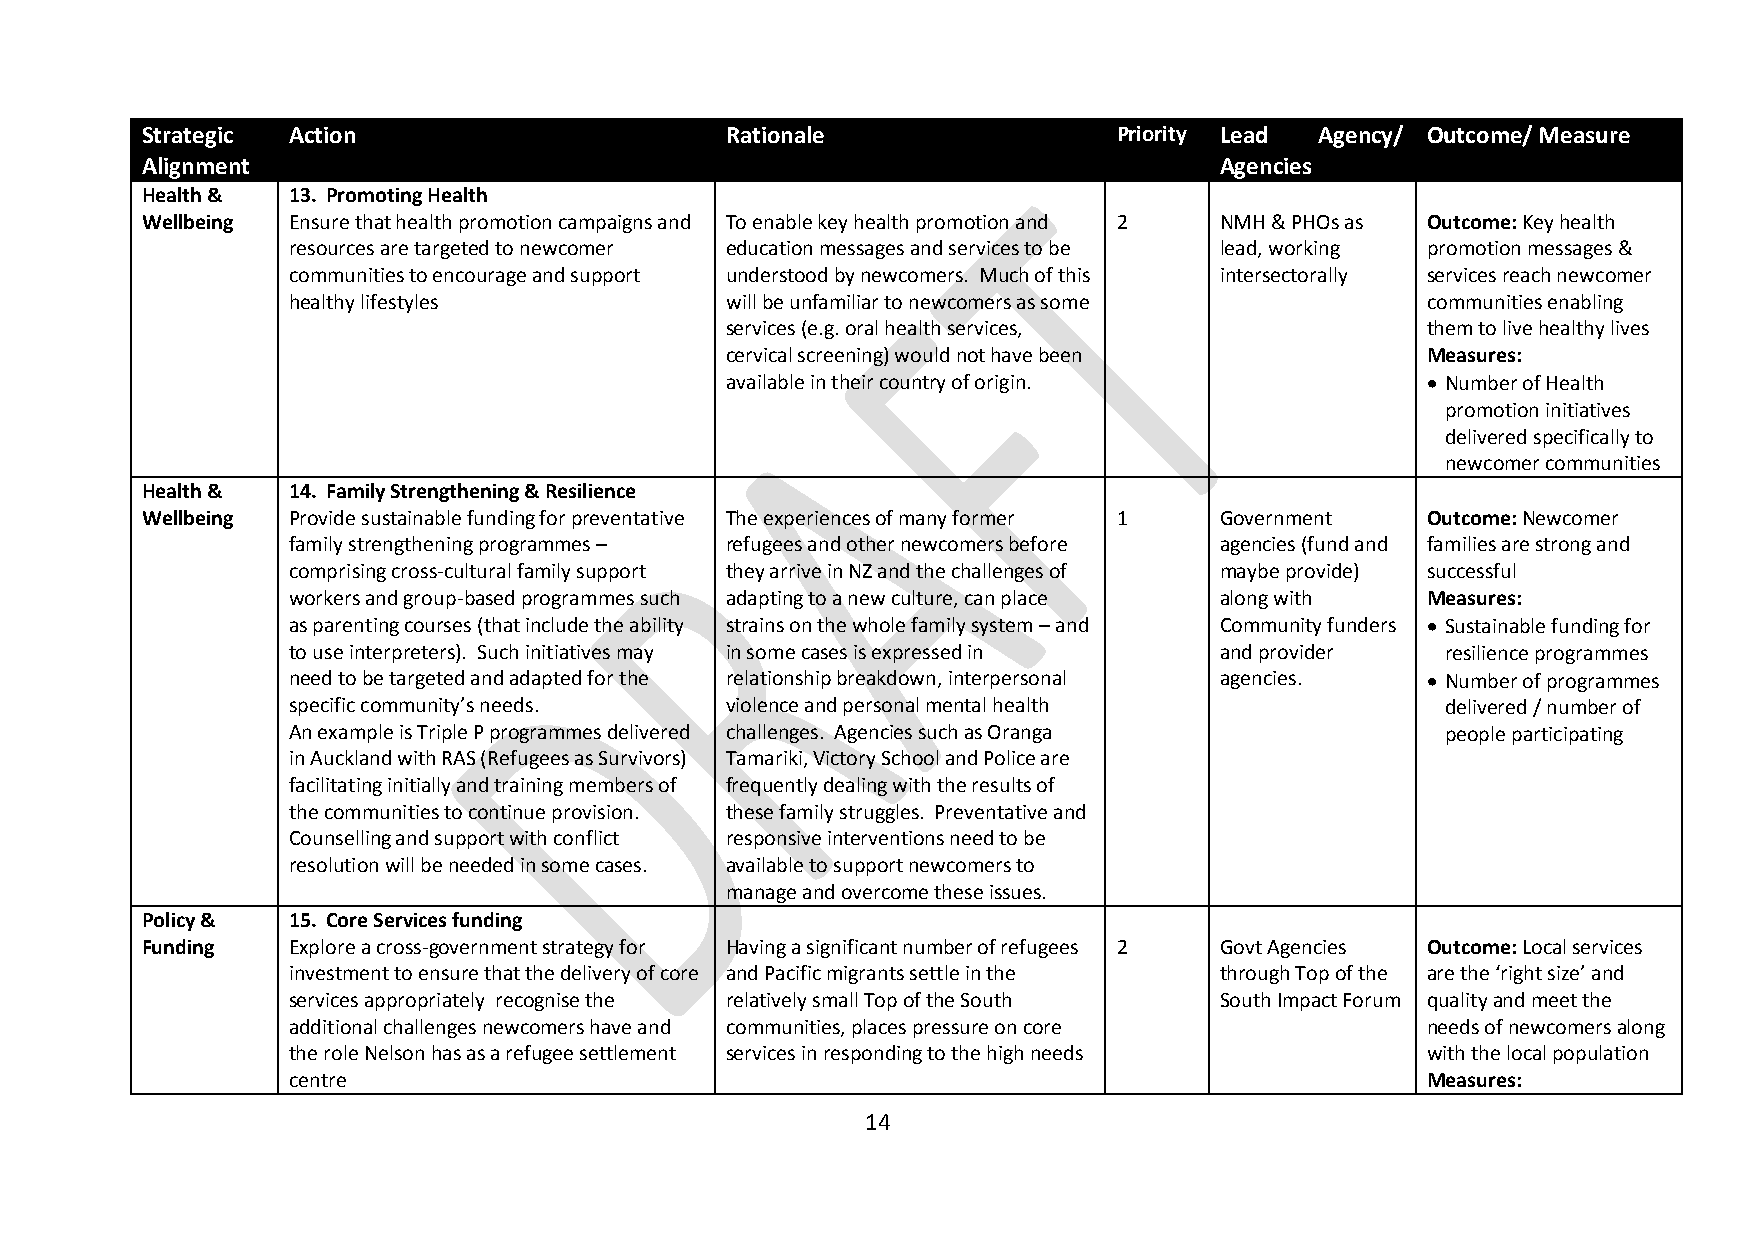
Strategic Action                       Rationale                 Priority Lead Agency/ Outcome/ Measure
 Alignment                                                               Agencies
 Health &  13. Promoting Health
 Wellbeing Ensure that health promotion campaigns and To enable key health promotion and 2 NMH & PHOs as Outcome: Key health
 resources are targeted to newcomer education messages and services to be lead, working promotion messages &
 communities to encourage and support understood by newcomers. Much of this intersectorally services reach newcomer
 healthy lifestyles           will be unfamiliar to newcomers as some       communities enabling
 services (e.g. oral health services,          them to live healthy lives
 cervical screening) would not have been       Measures:
 available in their country of origin.          Number of Health
 promotion initiatives
 delivered specifically to
 newcomer communities
 Health &  14. Family Strengthening & Resilience
 Wellbeing Provide sustainable funding for preventative The experiences of many former 1 Government Outcome: Newcomer
 family strengthening programmes – refugees and other newcomers before agencies (fund and families are strong and
 comprising cross-cultural family support they arrive in NZ and the challenges of maybe provide) successful
 workers and group-based programmes such adapting to a new culture, can place along with Measures:
 as parenting courses (that include the ability strains on the whole family system – and Community funders  Sustainable funding for
 to use interpreters). Such initiatives may in some cases is expressed in and provider resilience programmes
 need to be targeted and adapted for the relationship breakdown, interpersonal agencies.  Number of programmes
 specific community’s needs.  violence and personal mental health             delivered / number of
 An example is Triple P programmes delivered challenges. Agencies such as Oranga people participating
 in Auckland with RAS (Refugees as Survivors) Tamariki, Victory School and Police are
 facilitating initially and training members of frequently dealing with the results of
 the communities to continue provision. these family struggles. Preventative and
 Counselling and support with conflict responsive interventions need to be
 resolution will be needed in some cases. available to support newcomers to
 manage and overcome these issues.
 Policy &  15. Core Services funding
 Funding   Explore a cross-government strategy for Having a significant number of refugees 2 Govt Agencies Outcome: Local services
 investment to ensure that the delivery of core and Pacific migrants settle in the through Top of the are the ‘right size’ and
 services appropriately recognise the relatively small Top of the South South Impact Forum quality and meet the
 additional challenges newcomers have and communities, places pressure on core needs of newcomers along
 the role Nelson has as a refugee settlement services in responding to the high needs with the local population
 centre                                                                     Measures:
 14